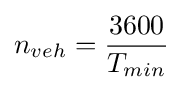
n_{veh}={\frac {3600}{T_{min}}}